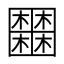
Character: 𡈹